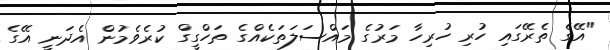
"އޭގެ ތެރޭގައި ހުރި ހުރިހާ މަރުގެ މައްސަލަތަކެއްގެ ތަހްގީގް ކުރެވެމުން އެދަނީ އޭގެ